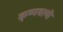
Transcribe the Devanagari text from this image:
कृष्णवाणी